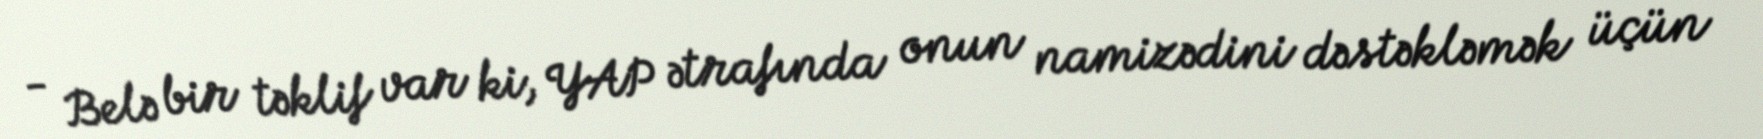
- Belə bir təklif var ki, YAP ətrafında onun namizədini dəstəkləmək üçün